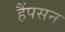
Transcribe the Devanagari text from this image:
हैंपसन